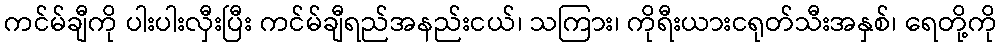
ကင်မ်ချီကို ပါးပါးလှီးပြီး ကင်မ်ချီရည်အနည်းငယ်၊ သကြား၊ ကိုရီးယားငရုတ်သီးအနှစ်၊ ရေတို့ကို